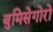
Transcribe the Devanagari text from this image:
बुमिसेगोरो